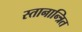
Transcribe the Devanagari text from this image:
स्तानान्त्रित